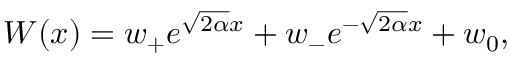
W ( x ) = w _ { + } e ^ { \sqrt { 2 \alpha } x } + w _ { - } e ^ { - \sqrt { 2 \alpha } x } + w _ { 0 } ,